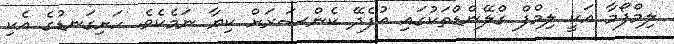
ލިމްފޯމާ އަކީ ލިމްފް ގްލޭންޑްތަކުގައި އުފެދޭ ކެންސަރަށް ކިޔާ ނަމެކެވެ. ހަށިގަނޑުގެ އެކި